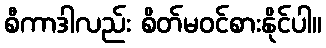
စီကာဒါလည်း စိတ်မဝင်စားနိုင်ပါ။